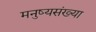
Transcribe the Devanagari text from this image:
मनुष्यसंख्या